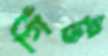
গিঁট